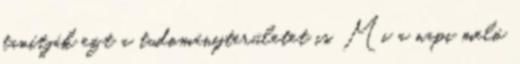
tanítják ezt a tudományterületet is. Mi a napi meló